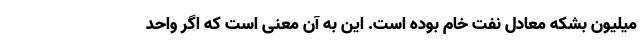
میلیون بشکه معادل نفت خام بوده است. این به آن معنی است که اگر واحد